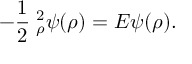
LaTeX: - \frac { 1 } { 2 } { \bf \nabla } _ { \rho } ^ { 2 } \psi ( \rho ) = E \psi ( \rho ) .